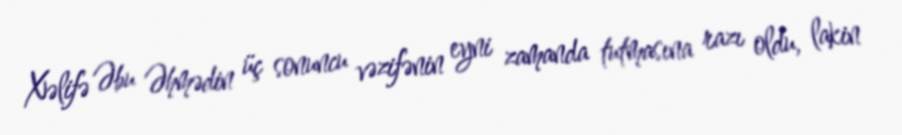
Xəlifə Əbu Əhmədin üç sonuncu vəzifənin eyni zamanda tutmasına razı oldu, lakin